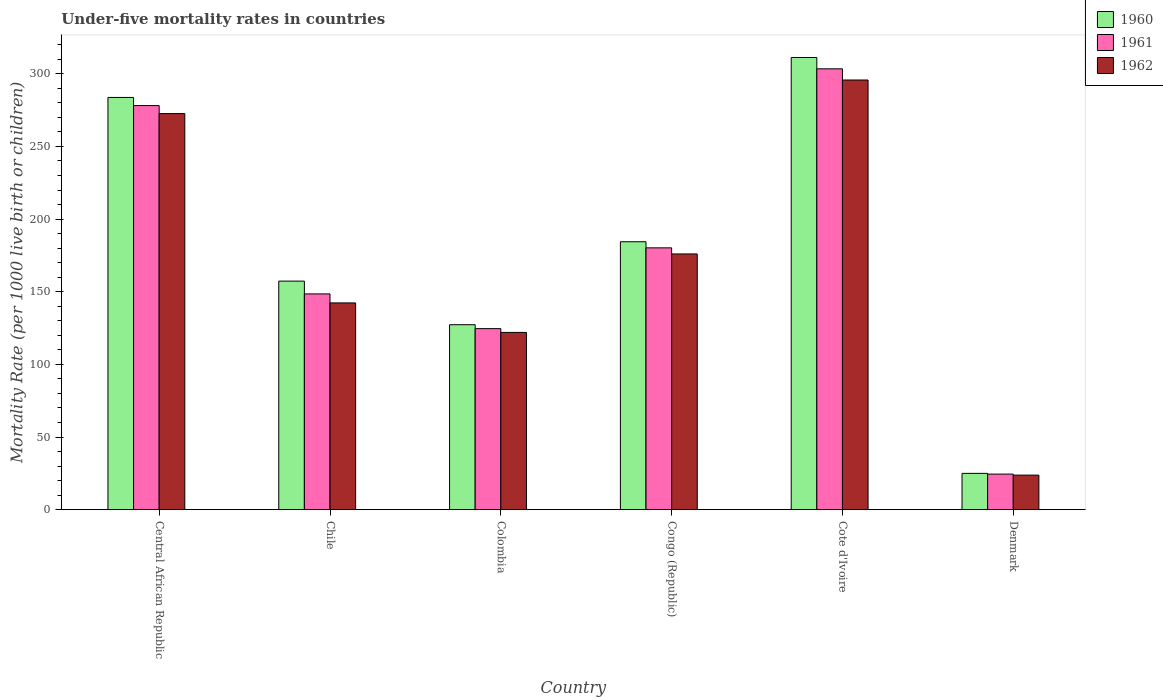
| Country | 1960 | 1961 | 1962 |
 | --- | --- | --- | --- |
 | Central African Republic | 284 | 278 | 273 |
 | Chile | 157 | 148 | 142 |
 | Colombia | 127 | 125 | 122 |
 | Congo (Republic) | 184 | 180 | 176 |
 | Cote d'Ivoire | 311 | 303 | 296 |
 | Denmark | 25 | 24.5 | 23.8 |